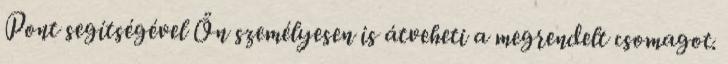
Pont segítségével Ön személyesen is átveheti a megrendelt csomagot.